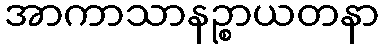
အာကာသာနဉ္စာယတနာ